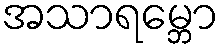
အသာရမ္ဘော